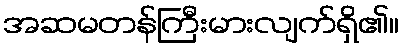
အဆမတန်ကြီးမားလျက်ရှိ၏။